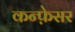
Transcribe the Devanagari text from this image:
कन्फ़ेसर